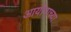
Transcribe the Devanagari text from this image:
आयोगाच्‍या